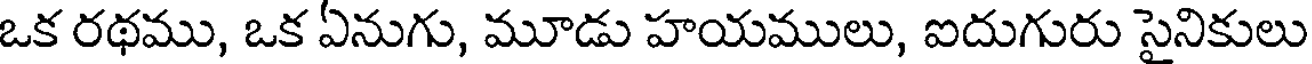
ఒక రథము, ఒక ఏనుగు, మూడు హయములు, ఐదుగురు సైనికులు